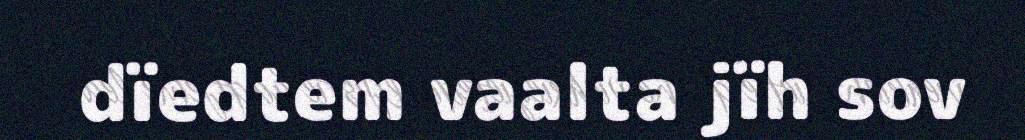
dïedtem vaalta jïh sov